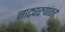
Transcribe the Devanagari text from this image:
नाट्यरुपांतर